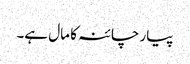
پیار چائنہ کا مال ہے۔